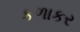
કળાકર